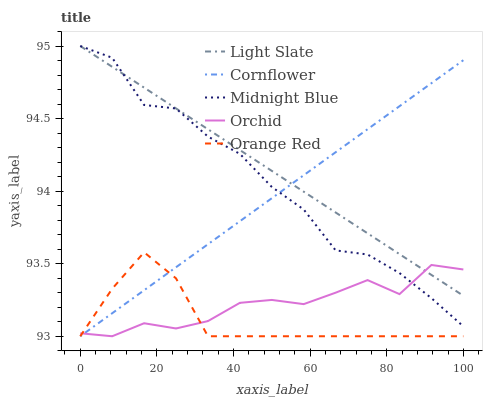
| xaxis_label | Light Slate | Cornflower | Midnight Blue | Orchid | Orange Red |
 | --- | --- | --- | --- | --- | --- |
 | 0 | 95 | 93 | 95 | 93 | 93 |
 | 8.33 | 94.9 | 93.2 | 94.9 | 93 | 93.3 |
 | 16.7 | 94.7 | 93.3 | 94.6 | 93.1 | 93.6 |
 | 25 | 94.6 | 93.5 | 94.6 | 93.1 | 93.4 |
 | 33.3 | 94.4 | 93.6 | 94.4 | 93.1 | 93 |
 | 41.7 | 94.3 | 93.8 | 94.3 | 93.2 | 93 |
 | 50 | 94.1 | 94 | 94 | 93.3 | 93 |
 | 58.3 | 94 | 94.1 | 93.9 | 93.2 | 93 |
 | 66.7 | 93.9 | 94.3 | 93.6 | 93.3 | 93 |
 | 75 | 93.7 | 94.4 | 93.6 | 93.4 | 93 |
 | 83.3 | 93.6 | 94.6 | 93.4 | 93.3 | 93 |
 | 91.7 | 93.4 | 94.7 | 93.3 | 93.5 | 93 |
 | 100 | 93.3 | 94.9 | 93.1 | 93.5 | 93 |